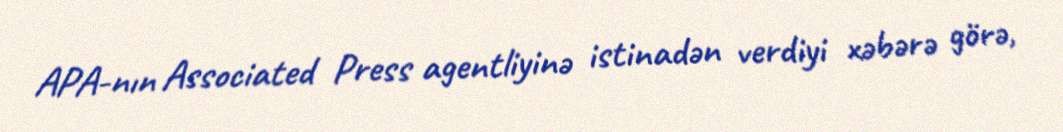
APA-nın Associated Press agentliyinə istinadən verdiyi xəbərə görə,